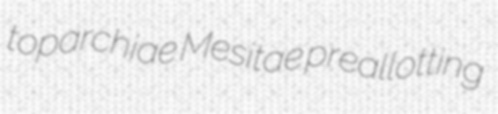
toparchiae Mesitae preallotting